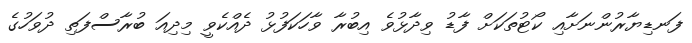
ފަނޑިޔާރުންނަށާއި ކޯޓުތަކަށް ފާޑު ވިދާޅުވެ އިބުރާ ވާހަކަފުޅު ދެއްކެވީ މިދިއަ ބުރާސްފަތި ދުވަހުގެ